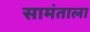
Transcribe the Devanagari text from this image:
सामंताला